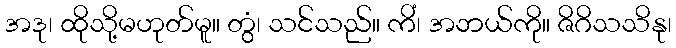
အဒု၊ ထိုသို့မဟုတ်မူ။ တွံ၊ သင်သည်။ ကိံ၊ အဘယ်ကို။ ဇိဂိသသိနု၊